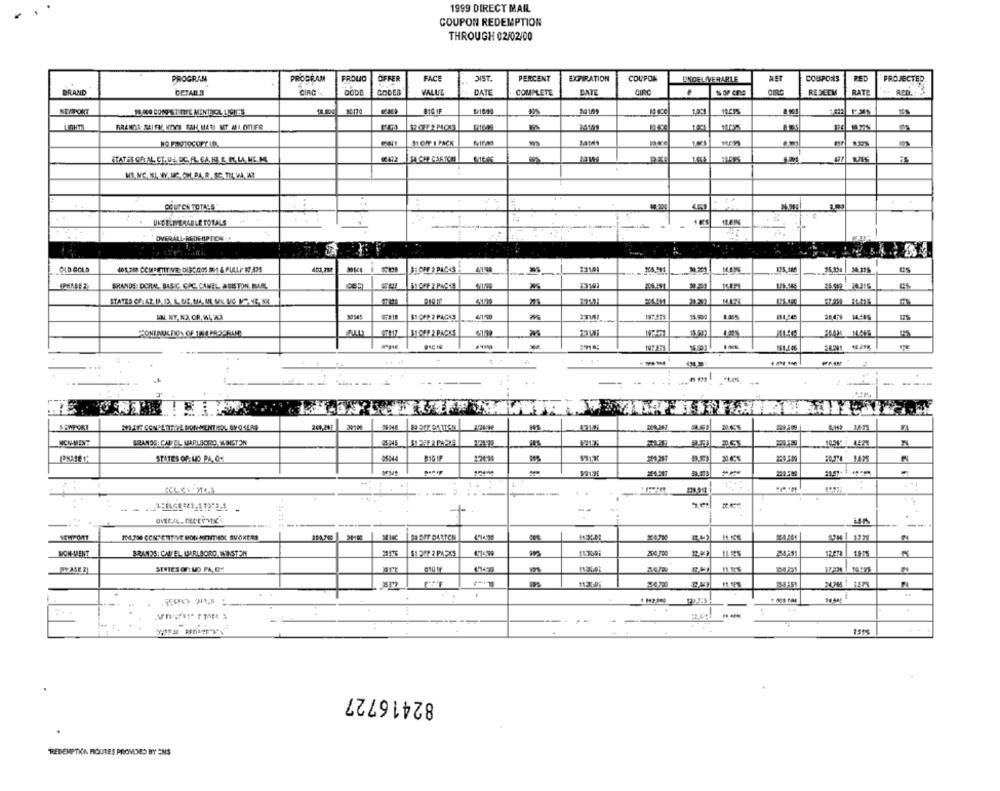
1999 DIRECT MAIL
COUPON REDEMPTION
THROUGH 02/02/00
PROGRAM
PROGRAM
FROUO
OFFER
FACE
JIST
PERCENT
EXPIRATION
COUPON
LTDELIVERABLE
NET
COUPONS
RED
PROJECTED.
BRAND
CIRC
GODES
VALUE
DATE
COMPLETE
BATE
CIRC
.
REDEEM
RATE
PO WEO CONPET TITE MENTISOL DIGITS
BIG IF
103
BRANDS SEIFE KOWY BAH MATS ET AL OTTER
11 CHY 1 PACK
STATES GRIAL CT. U4. DIC. FL. GA. HE. B. IM. LA. NE.M.
₩472
SA CHE CARTCM
QOUTEN TOTALS
UNDELIVERABLE TOTALS
OVERALL-REDEUPTON -B
OLD GOLD
461,76 COMPETITIVE: DINCOUS MI A FULLP NADS
BECH > PACKS
2310
BRANDE DORM BASIC CIRC. CANEL ARISTON. MAAL
STATES CE: 42 IA D. L. DE. MA. ML. MX VO MP. NE, SE
37.859 BL-ME
IN. NY.NO, OR, IL, 2CA
$1-OFF 2 PACKS
1917
15.993
19727)
181.446
..
.. .
--- - --
MIAF CONPATHOVE BONNENTIROL SVOKERS
200,297
53101
ICHMINT
BRANDS: CAD EL MARLBORO WINSTON
STATES OF LIS PA, ON
#101F
--
. .
. .....
.. ...
4
OVERAL. ALLEVIC
+
NEWPORT
IM.7M CENTERTIVE MON MENTHOL SVOKERS
24.790
MON-MENT
BRANDS: CAN EL WMARLBORO, WINSTON
11 24P 2 P429
11:3098
296.790
1247
STATES OF: UD PA, OE
24745 1 157%
. .
-
82416727
REDEMPTICA ROUTES PROVIDED BY ENS